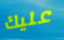
عليك